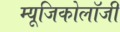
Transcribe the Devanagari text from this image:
म्‍यूजिकोलॉजी